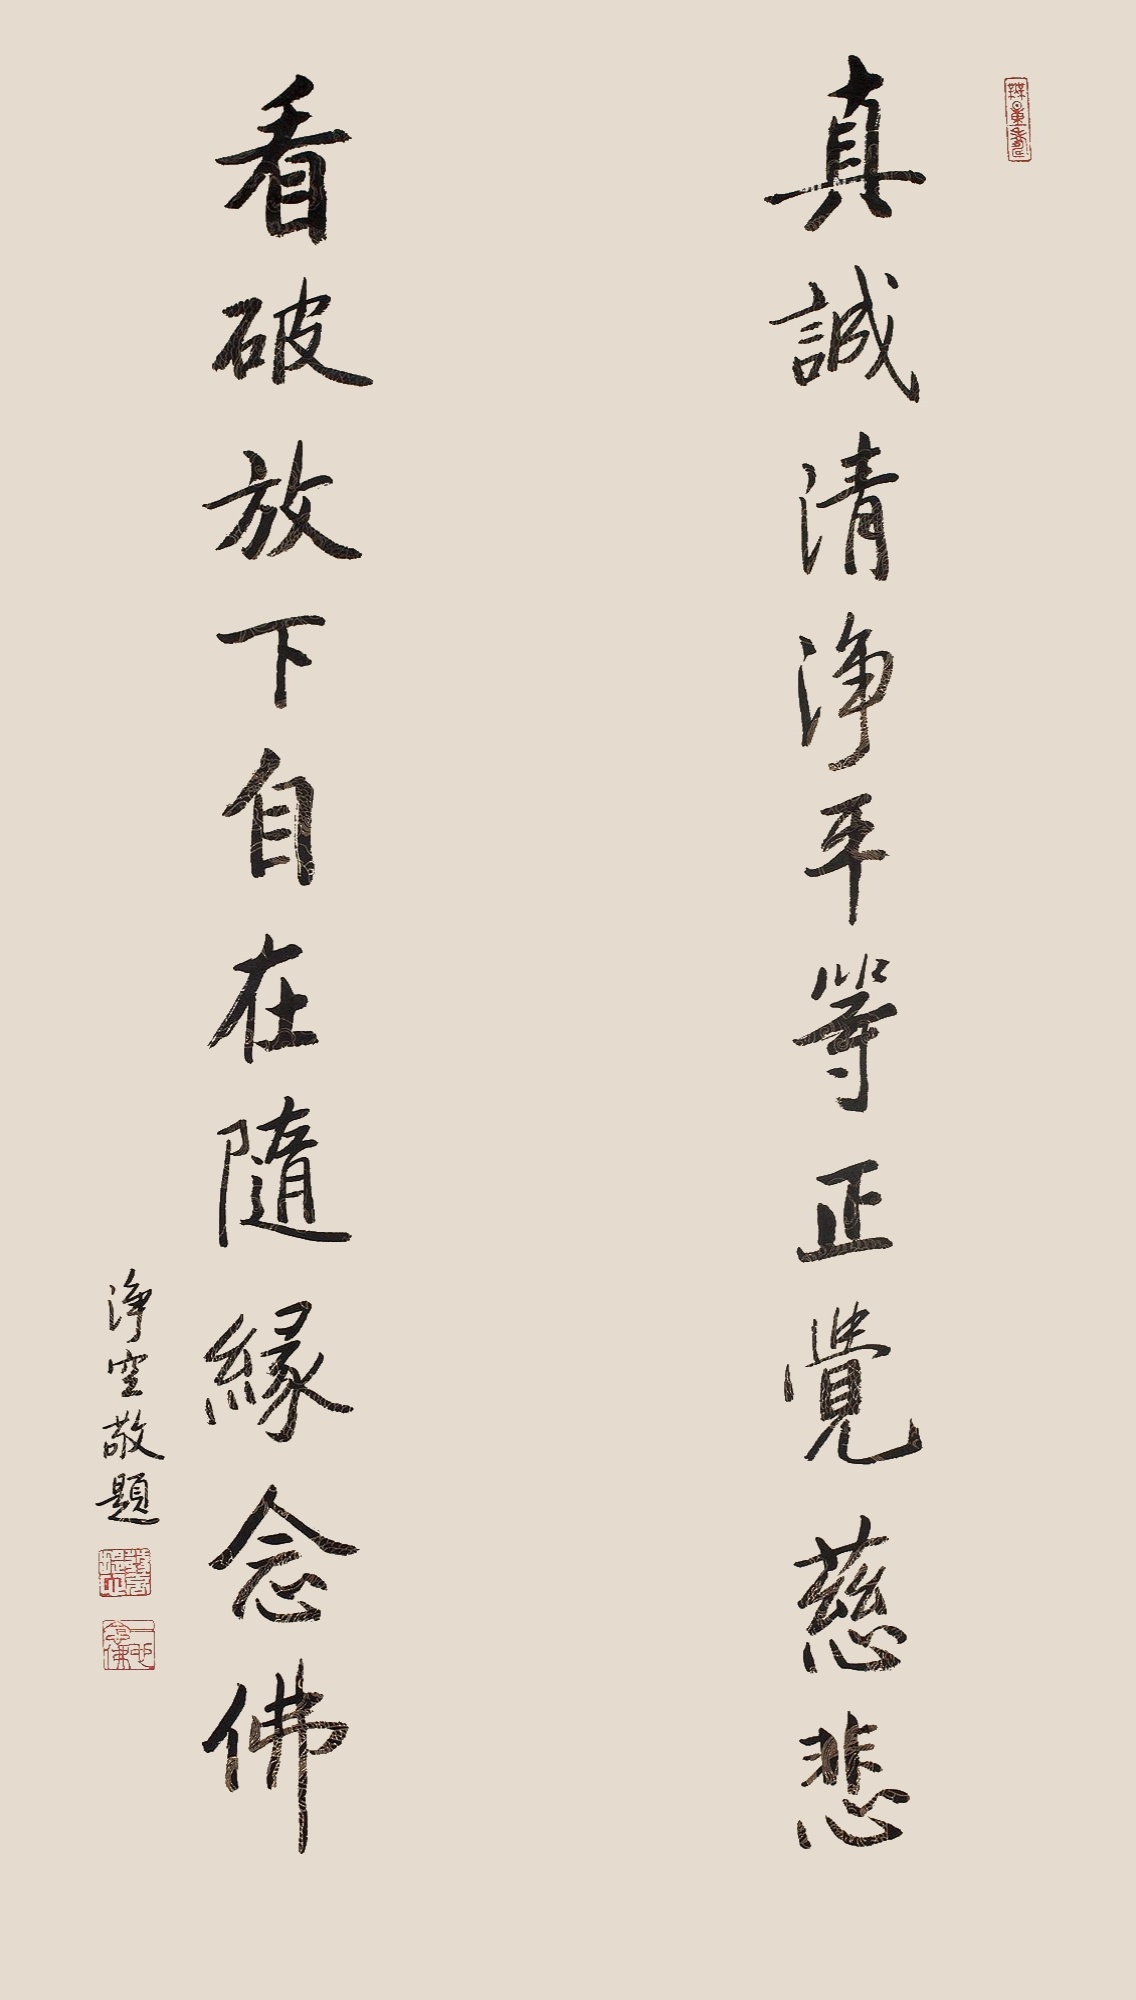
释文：真诚清净平等正觉慈悲，看破放下自在随缘念佛。净空敬题。